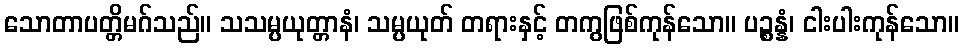
သောတာပတ္တိမဂ်သည်။ သသမ္ပယုတ္တာနံ၊ သမ္ပယုတ် တရားနှင့် တကွဖြစ်ကုန်သော။ ပဉ္စန္နံ၊ ငါးပါးကုန်သော။